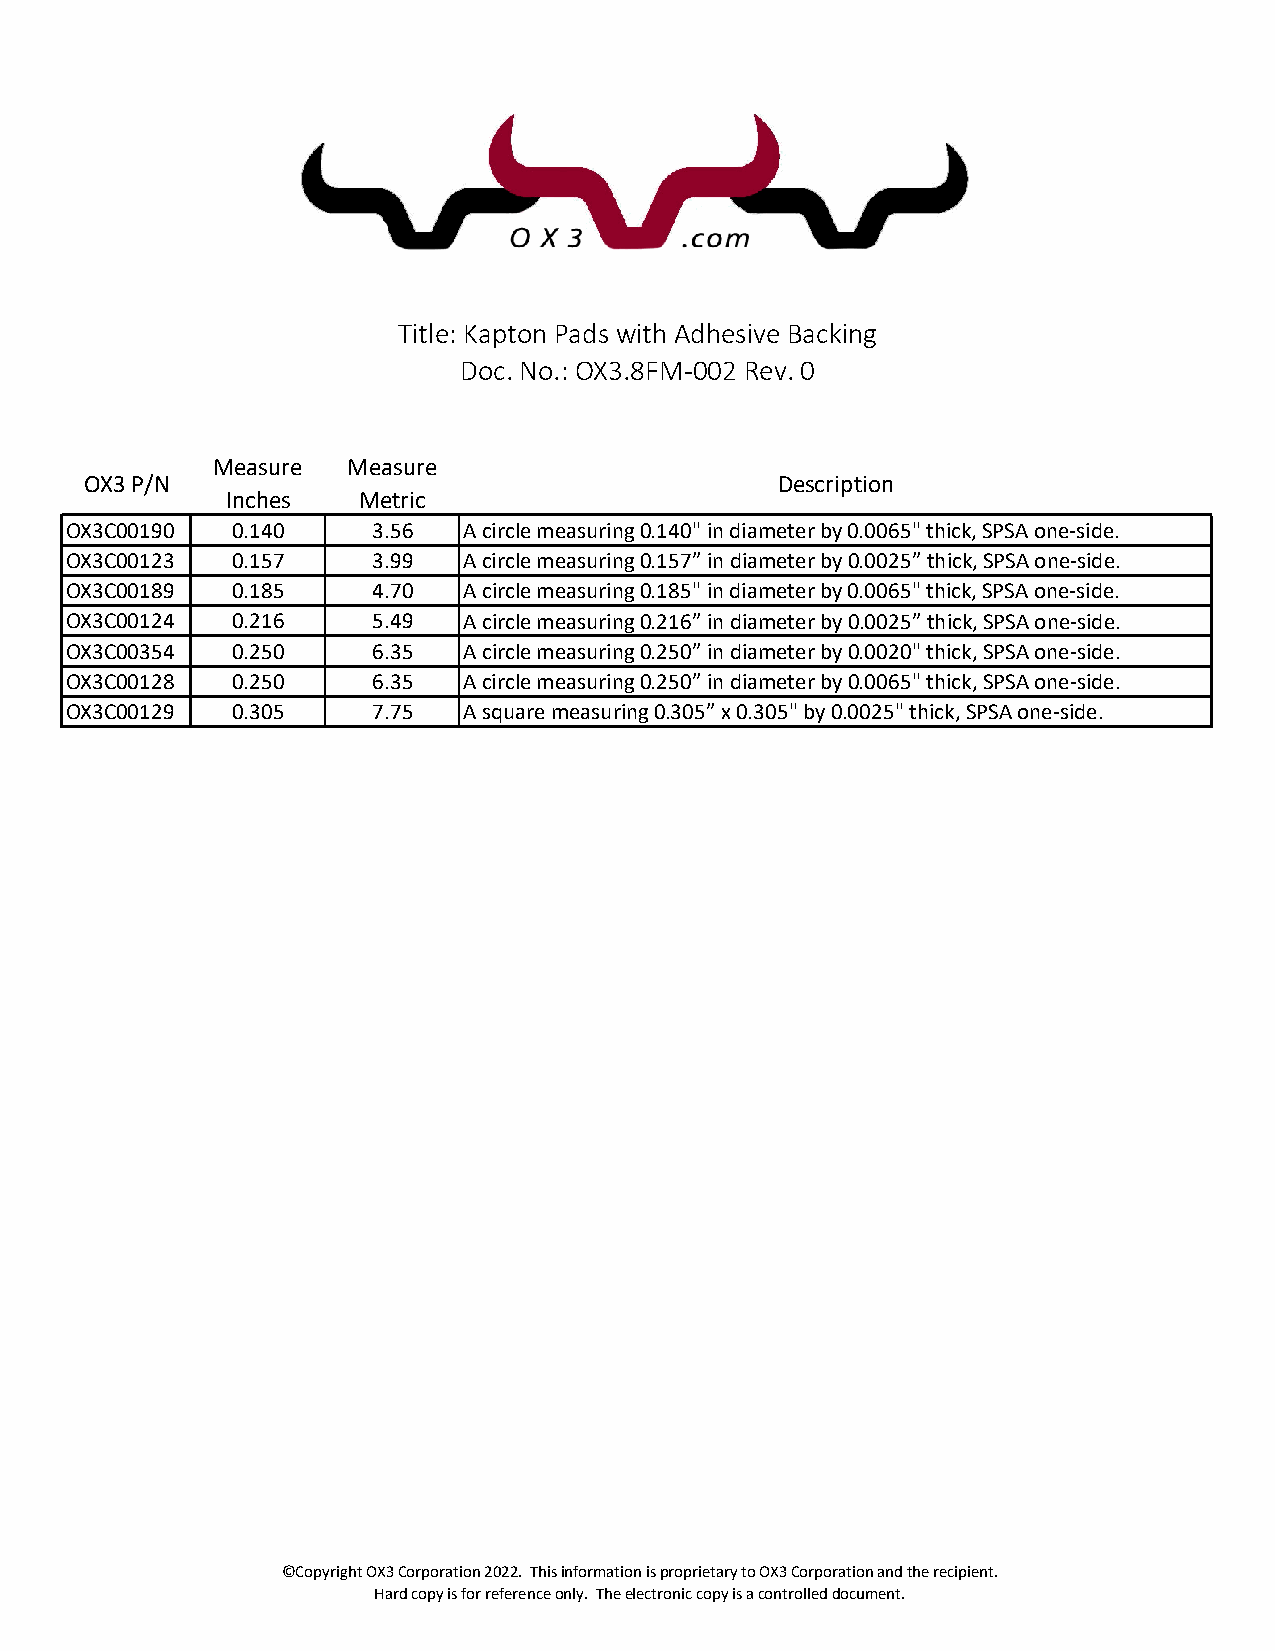
Title: Kapton Pads with Adhesive Backing
 Doc. No.: OX3.8FM‐002 Rev. 0
 Measure  Measure
 OX3 P/N                                      Description
 Inches   Metric
 OX3C00190  0.140     3.56  A circle measuring 0.140" in diameter by 0.0065" thick, SPSA one‐side.
 OX3C00123  0.157     3.99  A circle measuring 0.157” in diameter by 0.0025” thick, SPSA one‐side.
 OX3C00189  0.185     4.70  A circle measuring 0.185" in diameter by 0.0065" thick, SPSA one‐side.
 OX3C00124  0.216     5.49  A circle measuring 0.216” in diameter by 0.0025” thick, SPSA one‐side.
 OX3C00354  0.250     6.35  A circle measuring 0.250” in diameter by 0.0020" thick, SPSA one‐side.
 OX3C00128  0.250     6.35  A circle measuring 0.250” in diameter by 0.0065" thick, SPSA one‐side.
 OX3C00129  0.305     7.75  A square measuring 0.305” x 0.305" by 0.0025" thick, SPSA one‐side.
 ©Copyright OX3 Corporation 2022. This information is proprietary to OX3 Corporation and the recipient.
 Hard copy is for reference only. The electronic copy is a controlled document.